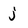
Character: j